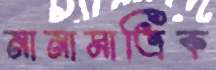
নানামাত্রিক